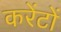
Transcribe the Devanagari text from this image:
करेंटों